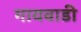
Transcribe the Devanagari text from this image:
गायवाडी